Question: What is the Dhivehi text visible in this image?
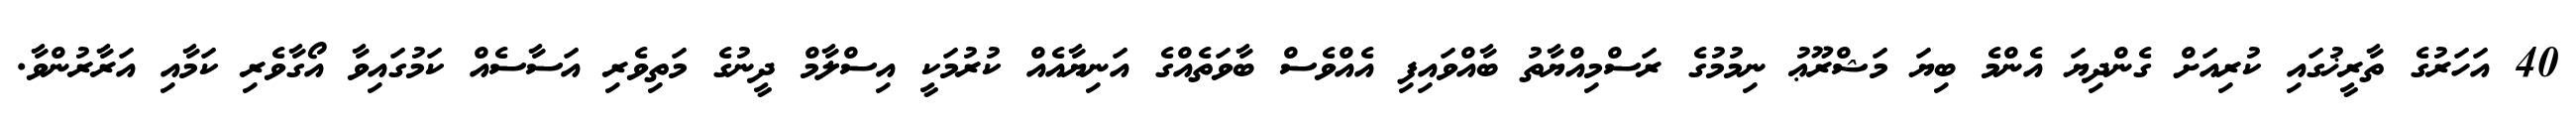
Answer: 40 އަހަރުގެ ތާރީޚުގައި ކުރިއަށް ގެންދިޔަ އެންމެ ބިޔަ މަޝްރޫޢު ނިމުމުގެ ރަސްމިއްޔާތު ބާއްވައިފި އެއްވެސް ބާވަތެއްގެ އަނިޔާއެއް ކުރުމަކީ އިސްލާމް ދީނުގެ މަތިވެރި އަސާސެއް ކަމުގައިވާ އޯގާވެރި ކަމާއި އަރާރުންވާ.